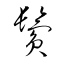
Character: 鬢